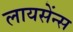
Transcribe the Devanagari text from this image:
लायसेंन्स